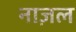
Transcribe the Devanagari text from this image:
नाज़ल